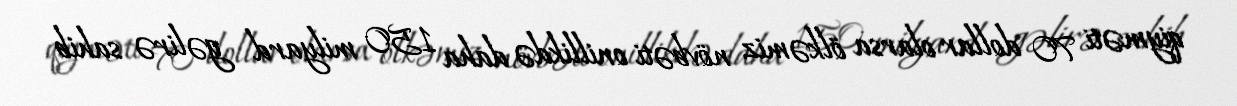
qiyməti 70 dollar olarsa ölkəmiz növbəti onillikdə daha 150 milyard gəlirə sahib